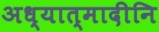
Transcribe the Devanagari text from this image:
अध्यात्मादीनि